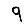
Digit: 9